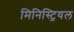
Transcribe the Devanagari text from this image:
मिनिस्ट्रियल